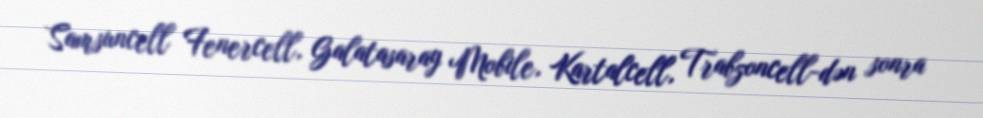
Samsuncell Fenercell, Galatasaray Mobile, Kartalcell, Trabzoncell-dən sonra